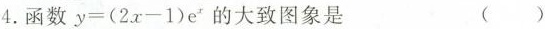
4.函数$$y = （ 2 x - 1 ) e^{x}$$的大致图象是 （ ）